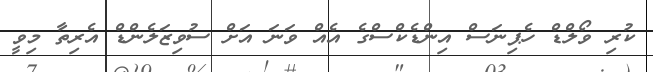
ކުރި ވޯލްޑް ހެޕިނަސް އިންޑެކްސްގެ އެއް ވަނަ އަށް ސުވިޒަލެންޑް އެރިތާ މިވީ